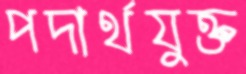
পদার্থযুক্ত